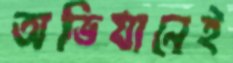
অভিযানেই